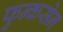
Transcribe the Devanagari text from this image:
फुन्कसेन